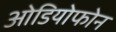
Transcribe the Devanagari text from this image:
ओडियोफोन